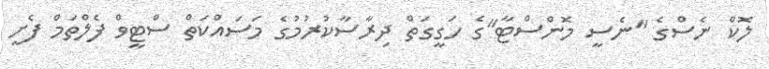
ލޮކް ނެސްގެ "ނެސީ މޮންސްޓާ"ގެ ހަގީގަތް ދިރާސާކުރުމުގެ މަސައްކަތް ސްޓީވް ފެލްތަމް ފެށީ